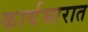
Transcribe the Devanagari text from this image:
कार्यभारात